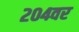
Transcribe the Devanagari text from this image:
२०४वर